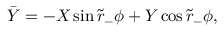
\bar { Y } = - X \sin \tilde { r } _ { - } \phi + Y \cos \tilde { r } _ { - } \phi ,